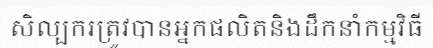
សិល្បករត្រូវបានអ្នកផលិតនិងដឹកនាំកម្មវិធី